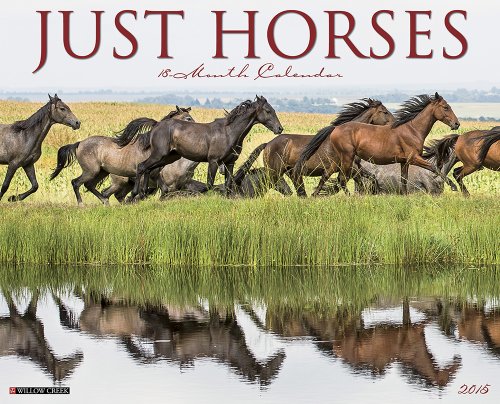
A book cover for Just Horses 2015 Wall Calendar; Willow Creek Press; Calendars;